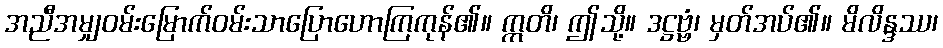
အညီအမျှဝမ်းမြောက်ဝမ်းသာပြောဟောကြကုန်၏။ ဣတိ၊ ဤသို့။ ဒဋ္ဌဗ္ဗံ၊ မှတ်အပ်၏။ မိလိန္ဒဿ၊